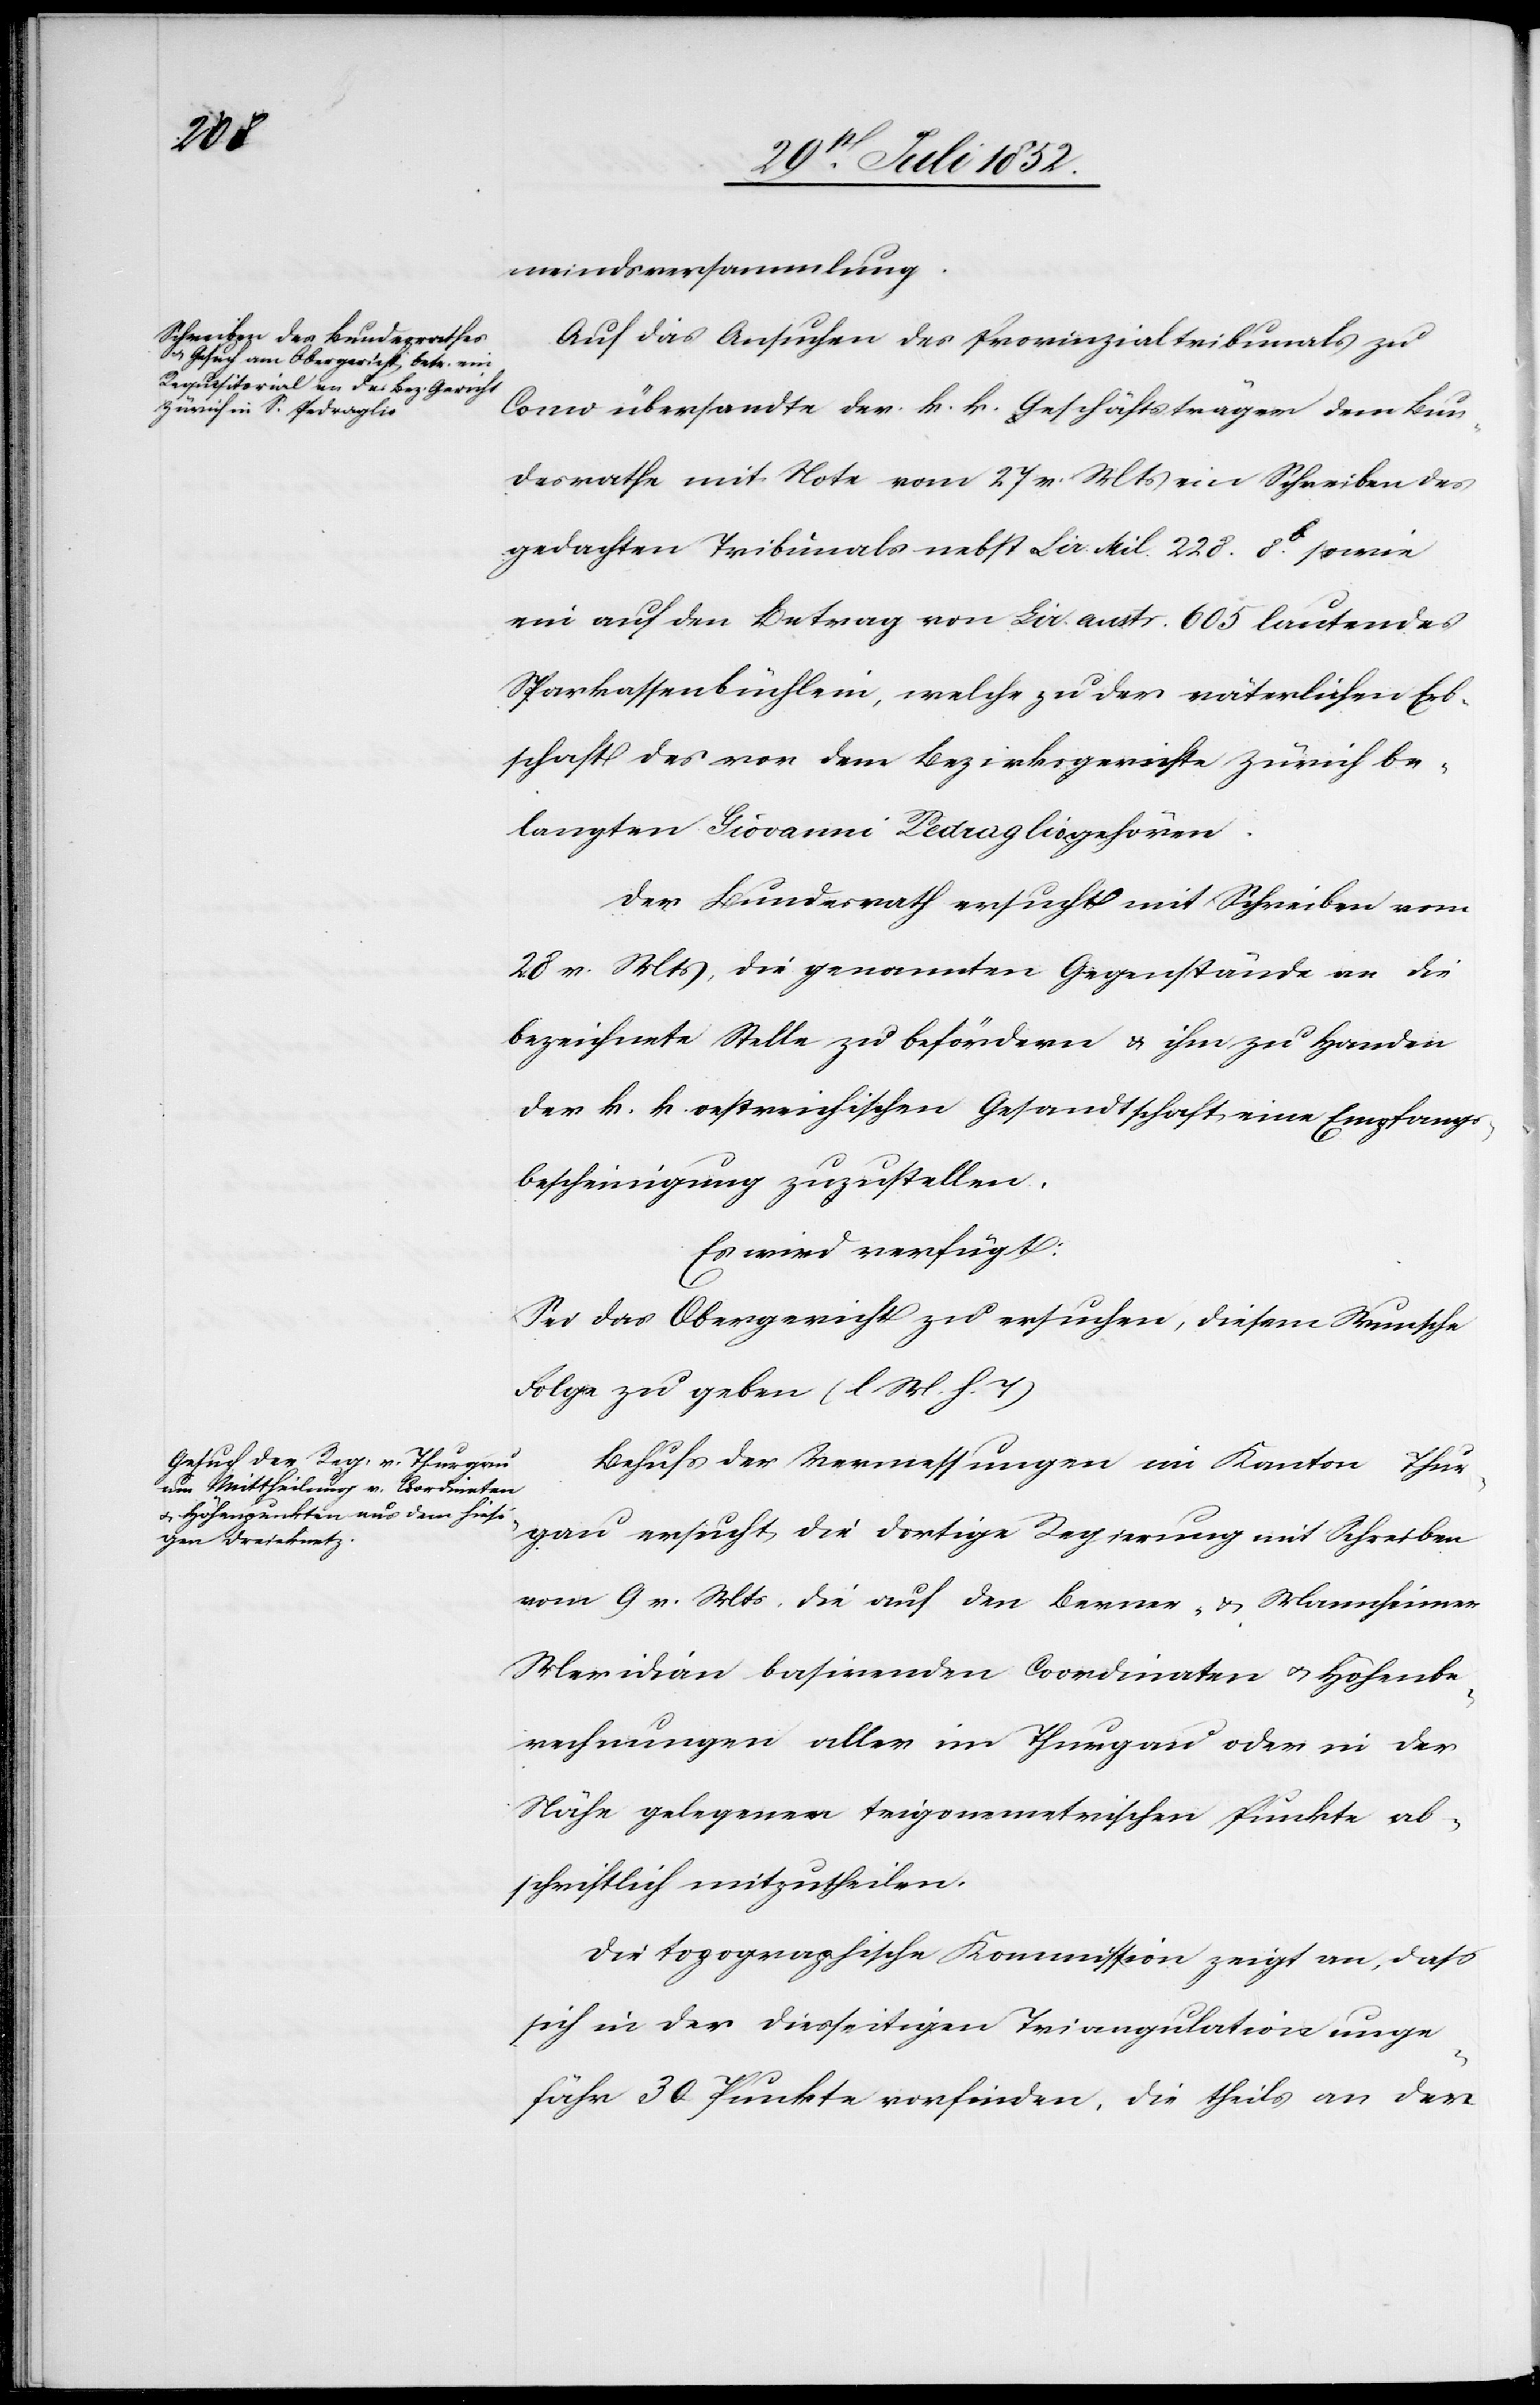
1852.]

meindsversammlung.
Auf das Ansuchen des Provinzialtribunals zu
Como übersandte der k. k. Geschäftsträger dem Bun¬
desrathe mit Note vom 27 v. Mts ein Schreiben des
gedachten Tribunals nebst Lir. Mil. 228. 8[?b]. sowie
ein auf den Betrag von Lir. austr. 605 lautendes
Sparkassenbüchlein, welche zu der väterlichen Erb¬
schaft des vor dem Bezirksgerichte Zürich be¬
langten Giovanni Pedraglio gehören.
Der Bundesrath ersucht mit Schreiben vom
28 v. Mts, die genannten Gegenstände an die
bezeichnete Stelle zu befördern & ihm zu Handen
der k. k. oestreichischen Gesandtschaft eine Empfangs¬
bescheinigung zuzustellen.
Es wird verfügt:
Sei das Obergericht zu ersuchen, diesem Wunsche
Folge zu geben (l M. h. T)
Behufs der Vermessungen im Kanton Thur¬
gau ersucht die dortige Regierung mit Schreiben
vom 9 v. Mts. die auf den Berner- & Mannheimer
Meridian basirenden Coordinaten & Höhenbe¬
rechnungen aller im Thurgau oder in der
Nähe gelegenen trigonemetrischen [sic!] Punkte ab¬
schriftlich mitzutheilen.
Die topographische Kommission zeigt an, dass
sich in der diesseitigen Triangulation unge¬
fähr 30 Punkte vorfinden, die theils an der